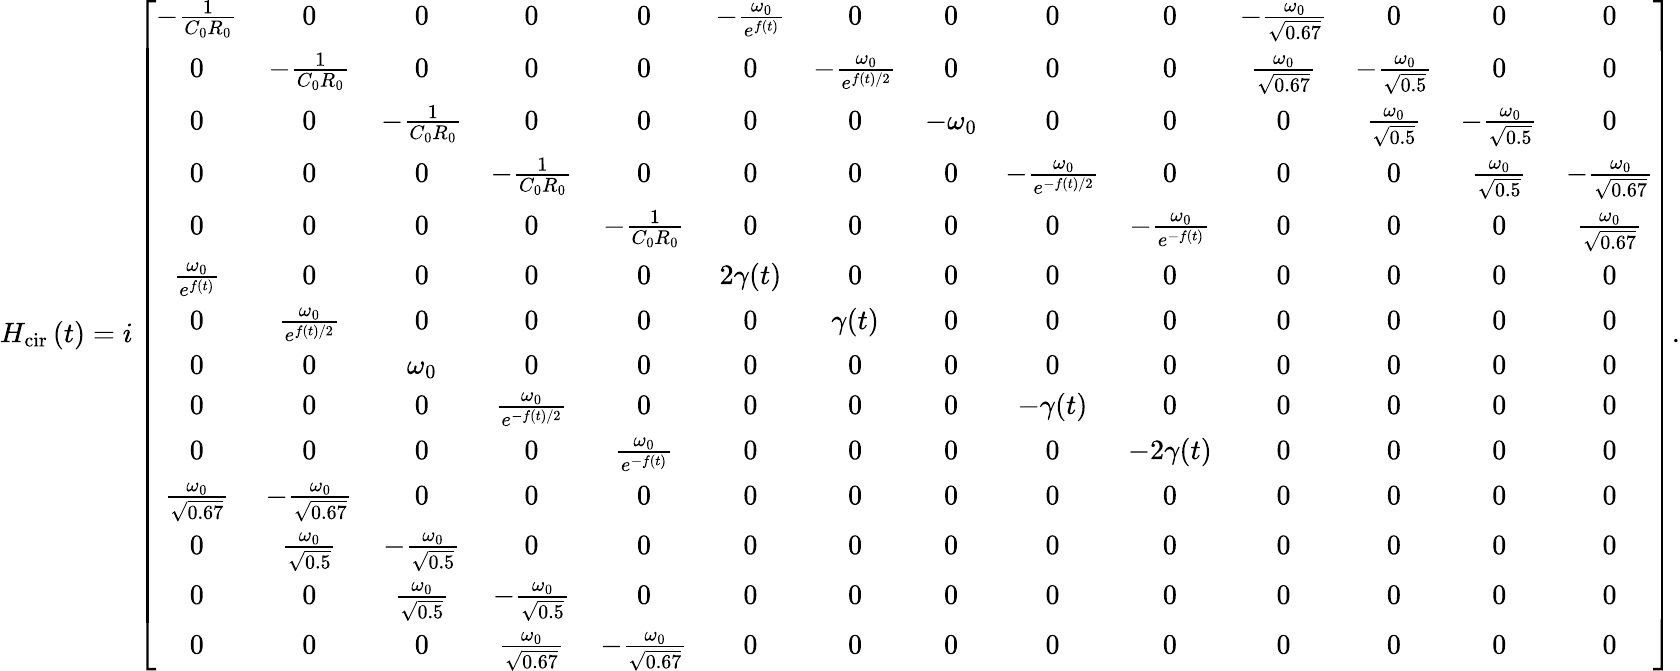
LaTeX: \begin{array}{r}{H_{\textrm{cir}}\left(t\right)=i\left[\begin{array}{cccccccccccccc}{-\frac{1}{C_{0}R_{0}}}&{0}&{0}&{0}&{0}&{-\frac{\omega_{0}}{e^{f\left(t\right)}}}&{0}&{0}&{0}&{0}&{-\frac{\omega_{0}}{\sqrt{0.67}}}&{0}&{0}&{0}\\ {0}&{-\frac{1}{C_{0}R_{0}}}&{0}&{0}&{0}&{0}&{-\frac{\omega_{0}}{e^{f\left(t\right)/2}}}&{0}&{0}&{0}&{\frac{\omega_{0}}{\sqrt{0.67}}}&{-\frac{\omega_{0}}{\sqrt{0.5}}}&{0}&{0}\\ {0}&{0}&{-\frac{1}{C_{0}R_{0}}}&{0}&{0}&{0}&{0}&{-\omega_{0}}&{0}&{0}&{0}&{\frac{\omega_{0}}{\sqrt{0.5}}}&{-\frac{\omega_{0}}{\sqrt{0.5}}}&{0}\\ {0}&{0}&{0}&{-\frac{1}{C_{0}R_{0}}}&{0}&{0}&{0}&{0}&{-\frac{\omega_{0}}{e^{-f\left(t\right)/2}}}&{0}&{0}&{0}&{\frac{\omega_{0}}{\sqrt{0.5}}}&{-\frac{\omega_{0}}{\sqrt{0.67}}}\\ {0}&{0}&{0}&{0}&{-\frac{1}{C_{0}R_{0}}}&{0}&{0}&{0}&{0}&{-\frac{\omega_{0}}{e^{-f\left(t\right)}}}&{0}&{0}&{0}&{\frac{\omega_{0}}{\sqrt{0.67}}}\\ {\frac{\omega_{0}}{e^{f\left(t\right)}}}&{0}&{0}&{0}&{0}&{2\gamma(t)}&{0}&{0}&{0}&{0}&{0}&{0}&{0}&{0}\\ {0}&{\frac{\omega_{0}}{e^{f\left(t\right)/2}}}&{0}&{0}&{0}&{0}&{\gamma(t)}&{0}&{0}&{0}&{0}&{0}&{0}&{0}\\ {0}&{0}&{\omega_{0}}&{0}&{0}&{0}&{0}&{0}&{0}&{0}&{0}&{0}&{0}&{0}\\ {0}&{0}&{0}&{\frac{\omega_{0}}{e^{-f\left(t\right)/2}}}&{0}&{0}&{0}&{0}&{-\gamma(t)}&{0}&{0}&{0}&{0}&{0}\\ {0}&{0}&{0}&{0}&{\frac{\omega_{0}}{e^{-f\left(t\right)}}}&{0}&{0}&{0}&{0}&{-2\gamma(t)}&{0}&{0}&{0}&{0}\\ {\frac{\omega_{0}}{\sqrt{0.67}}}&{-\frac{\omega_{0}}{\sqrt{0.67}}}&{0}&{0}&{0}&{0}&{0}&{0}&{0}&{0}&{0}&{0}&{0}&{0}\\ {0}&{\frac{\omega_{0}}{\sqrt{0.5}}}&{-\frac{\omega_{0}}{\sqrt{0.5}}}&{0}&{0}&{0}&{0}&{0}&{0}&{0}&{0}&{0}&{0}&{0}\\ {0}&{0}&{\frac{\omega_{0}}{\sqrt{0.5}}}&{-\frac{\omega_{0}}{\sqrt{0.5}}}&{0}&{0}&{0}&{0}&{0}&{0}&{0}&{0}&{0}&{0}\\ {0}&{0}&{0}&{\frac{\omega_{0}}{\sqrt{0.67}}}&{-\frac{\omega_{0}}{\sqrt{0.67}}}&{0}&{0}&{0}&{0}&{0}&{0}&{0}&{0}&{0}\end{array}\right].}\end{array}